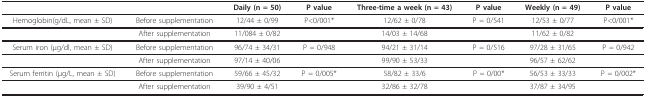
<table><thead><tr><td></td><td></td><td><b>Daily (n = 50)</b></td><td><b>P value</b></td><td><b>Three-time a week (n = 43)</b></td><td><b>P value</b></td><td><b>Weekly (n = 49)</b></td><td><b>P value</b></td></tr></thead><tbody><tr><td>Hemoglobin(g/dL, mean ± SD)</td><td>Before supplementation</td><td>12/44 ± 0/99</td><td>P&lt;0/001*</td><td>12/62 ± 0/78</td><td>P = 0/541</td><td>12/53 ± 0/77</td><td>P&lt;0/001*</td></tr><tr><td></td><td>After supplementation</td><td>11/084 ± 0/82</td><td></td><td>14/03 ± 14/68</td><td></td><td>11/62 ± 0/82</td><td></td></tr><tr><td>Serum iron (μg/dl, mean ± SD)</td><td>Before supplementation</td><td>96/74 ± 34/31</td><td>P = 0/948</td><td>94/21 ± 31/14</td><td>P = 0/516</td><td>97/28 ± 31/65</td><td>P = 0/942</td></tr><tr><td></td><td>After supplementation</td><td>97/14 ± 40/06</td><td></td><td>99/90 ± 53/33</td><td></td><td>96/57 ± 62/62</td><td></td></tr><tr><td>Serum ferritin (μg/L, mean ± SD)</td><td>Before supplementation</td><td>59/66 ± 45/32</td><td>P = 0/005*</td><td>58/82 ± 33/6</td><td>P = 0/00*</td><td>56/53 ± 33/33</td><td>P = 0/002*</td></tr><tr><td></td><td>After supplementation</td><td>39/90 ± 4/51</td><td></td><td>32/86 ± 32/78</td><td></td><td>37/87 ± 34/95</td><td></td></tr></tbody></table>